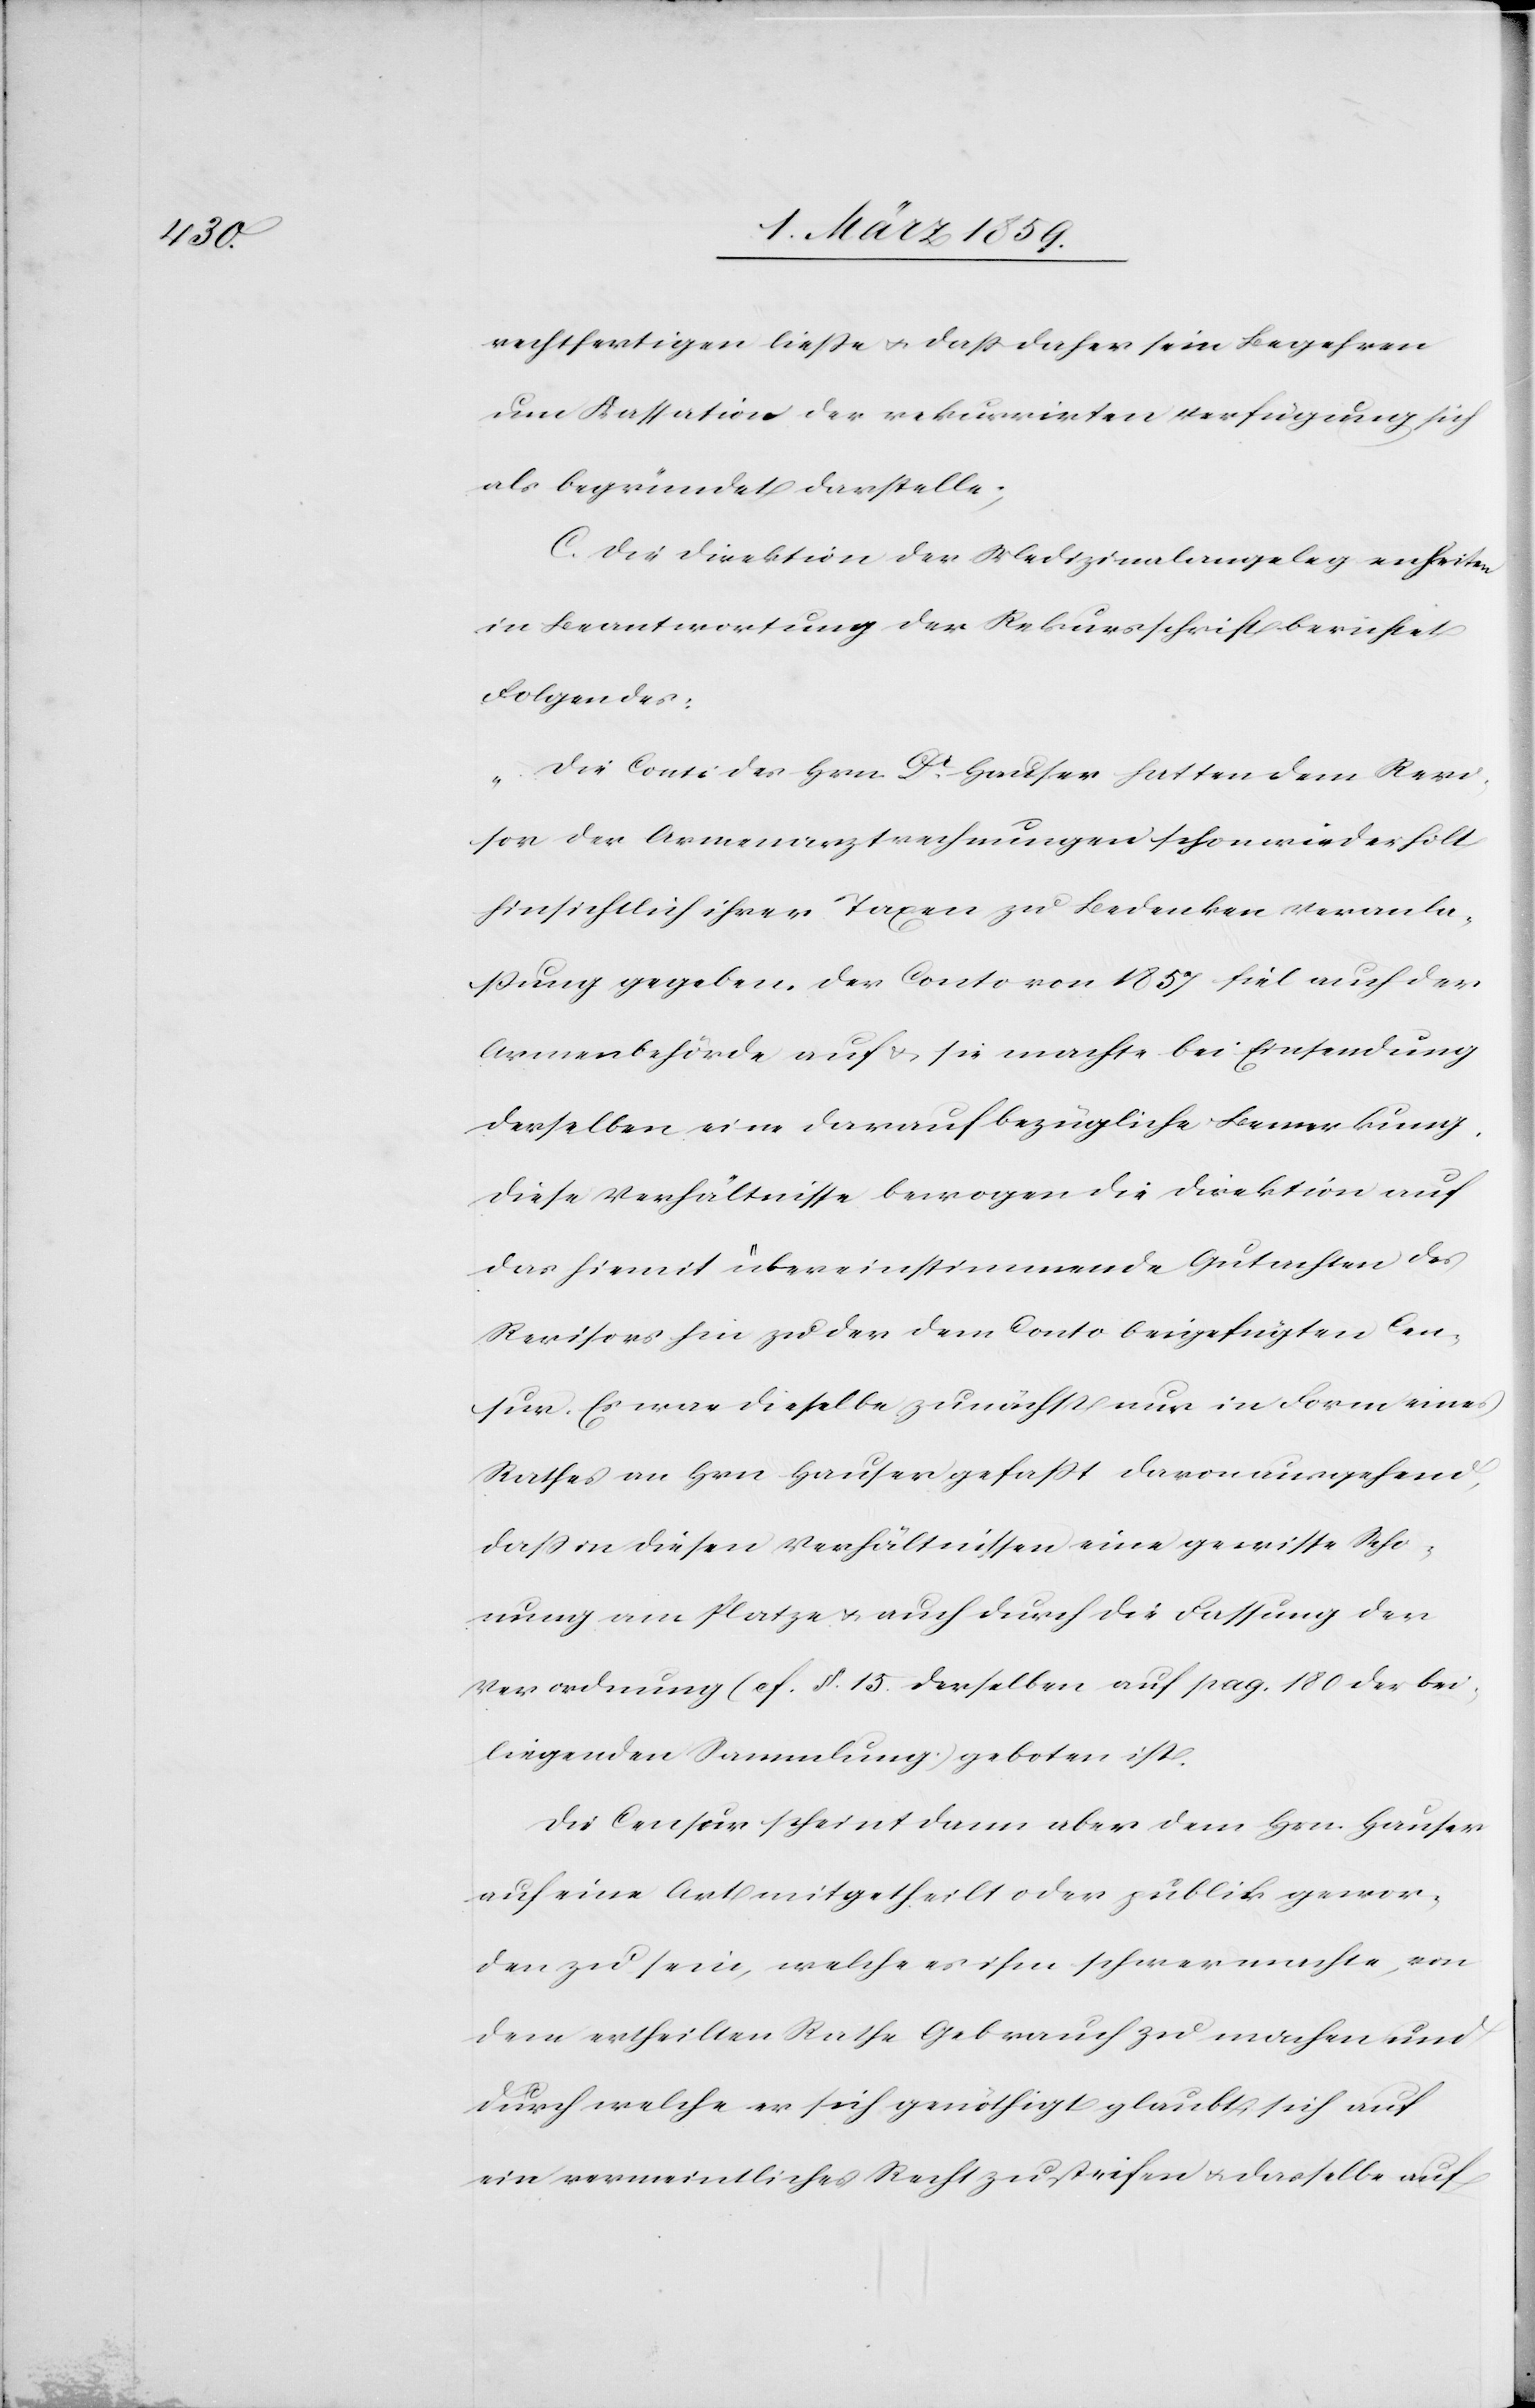
rechtfertigen ließe u. daß daher sein Begehren
um Kassation der rekurrirten Verfügung sich
als begründet darstelle;
C. Die Direktion der Medizinalangelegenheiten
in Beantwortung der Rekursschrift berichtet
Folgendes:
„Die Conti des Hrn. Dr. Hauser hatten dem Revi¬
sor der Armenarztrechnungen schon widerholt
hinsichtlich ihrer Taxen zu Bedenken Veranla¬
ßung gegeben. Der Conto von 1857 fiel auch der
Armenbehörde auf & sie machte bei Einsendung
derselben eine darauf bezügliche Bemerkung,
diese Verhältnisse bewogen die Direktion auf
das hiemit übereinstimmende Gutachten des
Revisors hin zu der dem Conto beigefügten Cen¬
sur. Es war dieselbe zunächst nur in Form eines
Rathes an Hrn Hauser gefaßt davon ausgehend,
daß in diesen Verhältnissen eine gewisse Scho¬
nung am Platze u. auch durch die Fassung der
Verordnung (cf. §. 15. derselben auf pag. 180 der bei¬
liegenden Sammlung) geboten ist.
Die Censur scheint dann aber dem Hrn. Hauser
auf eine Art mitgetheilt oder publik gewor¬
den zu sein, welche es ihm schwer machte, von
dem ertheilten Rathe Gebrauch zu machen und
durch welche er sich genöthigt glaubt, sich auf
ein vermeintliches Recht zu [ver]steifen u. dasselbe auf